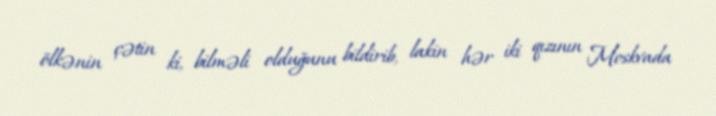
ölkənin çətin ki, bilməli olduğunu bildirib, lakin hər iki qızının Moskvada